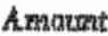
AMOUNT